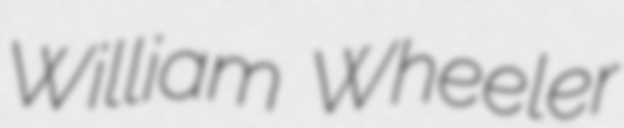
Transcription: William Wheeler